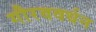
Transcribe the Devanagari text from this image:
गौरववर्धन